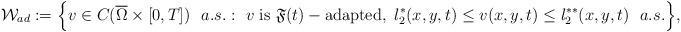
LaTeX: \begin{align*} \mathcal{W}_{ad}:=\Big\{ v\in C(\overline{\Omega}\times [0, T])~~a.s.: ~v~\textup{is}~\mathfrak{F}(t)-\textup{adapted},~ l^{*}_2(x,y,t) \leq v(x,y,t)\leq l^{**}_2(x,y,t)~~a.s.\Big\},\end{align*}